Tezpur Lunatic Asylum reports 1877-1894 - 1877-1894
Year: 1877
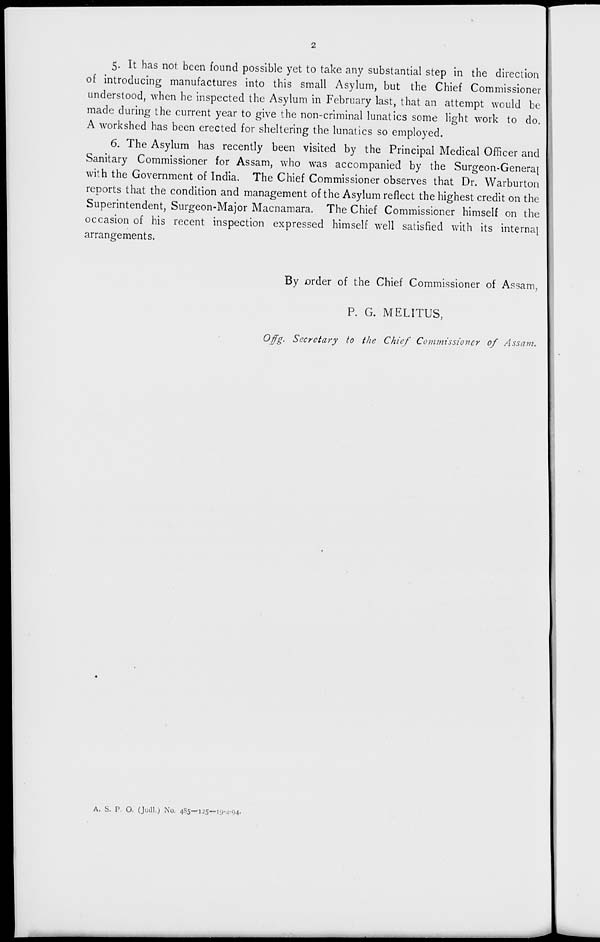
5- It has not been found possible yet to take any substantial step in the direction
of introducing manufactures into this small Asylum, but the Chief Commissioner
understood, when he inspected the Asylum in February last, that an attempt would be
made during the current year to give the non-criminal lunatics some light work to do.
A workshed has been erected for sheltering the lunatics so employed.
6. The Asylum has recently been visited by the Principal Medical Officer and
Sanitary Commissioner for Assam, who was accompanied by the Surgeon-Genera[
with the Government of India. The Chief Commissioner observes that Dr. Warburton
reports that the condition and management of the Asylum reflect the highest credit on the
Superintendent, Surgeon-Major Macnamara. The Chief Commissioner himself on the
occasion of his recent inspection expressed himself well satisfied with its internal
arrangements.
By £rder of the Chief Commissioner of Assam,
P. G. MELITUS,
Ofg. Secretary to the Chief Commissioner of Assam.
A. S. P O. (Judl.j No. 48S-'13S—19-4-94-